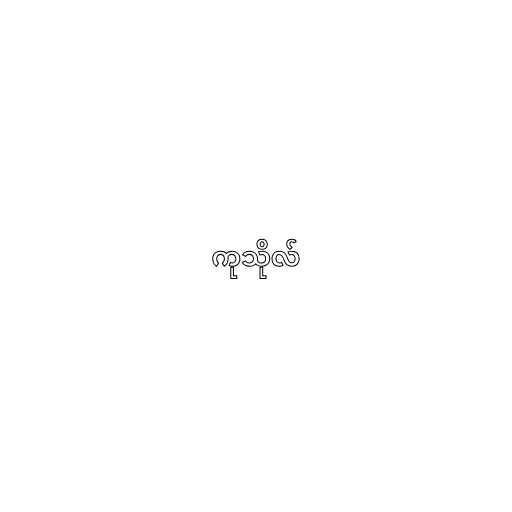
ကုသိုလ်